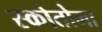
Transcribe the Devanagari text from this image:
स्कोतोमा